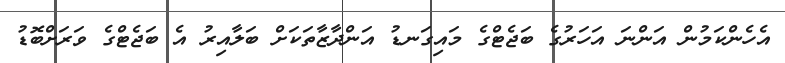
އެހެންކަމުން އަންނަ އަހަރުގެ ބަޖެޓްގެ މައިގަނޑު އަންދާޒާތަކަށް ބަލާއިރު އެ ބަޖެޓްގެ ވަރަށްބޮޑު